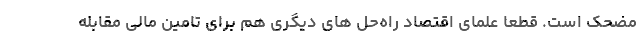
مضحک است. قطعا علمای اقتصاد راه‌حل های دیگری هم برای تامین مالی مقابله